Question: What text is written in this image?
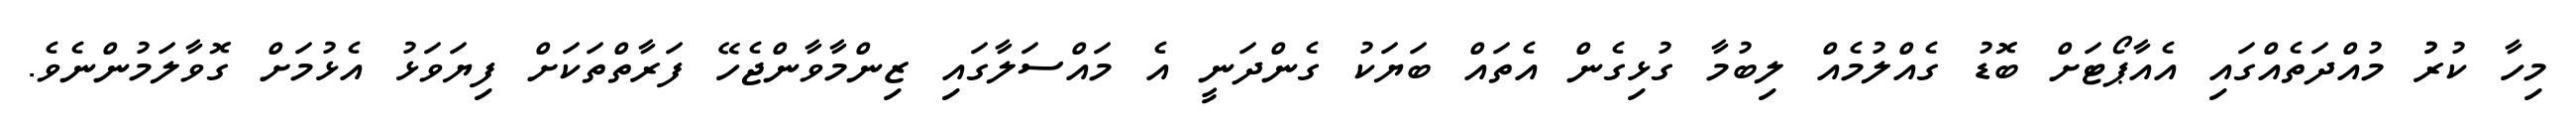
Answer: މިހާ ކުރުު މުއްދަތެއްގައި އެއާޕޯޓަށް ބޮޑު ގެއްލުމެއް ލިބުމާ ގުޅިގެން އެތައް ބަޔަކު ގެންދަނީ އެ މައްސަލާގައި ޒިންމާވާންޖެހޭ ފަރާތްތަކަށް ފިޔަވަޅު އެޅުމަށް ގޮވާލަމުންނެވެ.